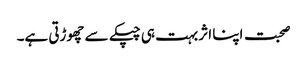
صحبت اپنا اثر بہت ہی چپکے سے چھوڑتی ہے۔